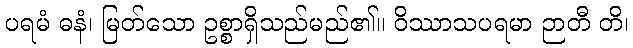
ပရမံ ဓနံ၊ မြတ်သော ဥစ္စာရှိသည်မည်၏။ ဝိဿာသပရမာ ဉာတီ တိ၊